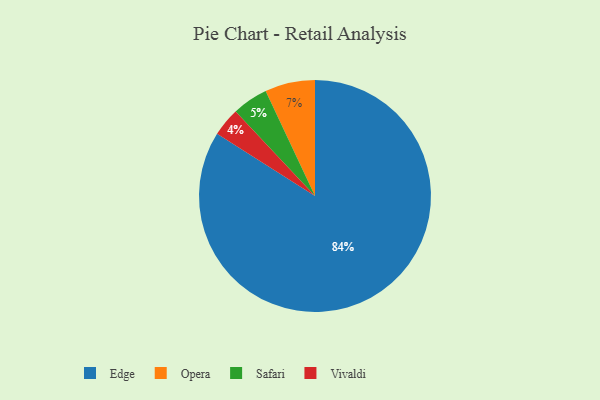
{"axis": {"x": "Category", "y": "Percentage"}, "legend": ["Edge", "Opera", "Safari", "Vivaldi"], "data": [{"x": "Edge", "y": 84, "type": "Edge"}, {"x": "Vivaldi", "y": 4, "type": "Vivaldi"}, {"x": "Safari", "y": 5, "type": "Safari"}, {"x": "Opera", "y": 7, "type": "Opera"}]}